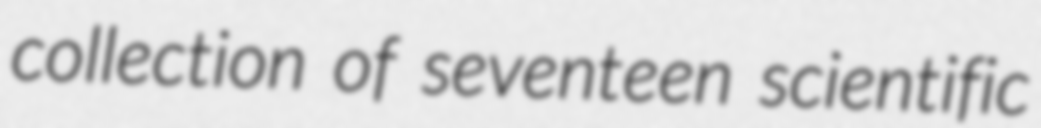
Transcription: collection of seventeen scientific